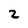
Character: 2